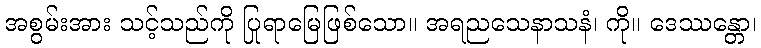
အစွမ်းအား သင့်သည်ကို ပြုရာမြေဖြစ်သော။ အရညသေနာသနံ၊ ကို။ ဒေဿန္တော၊